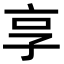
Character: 享